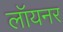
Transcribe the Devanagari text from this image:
लॉयनर